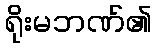
ရိုးမဘဏ်၏